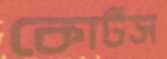
কোর্টস